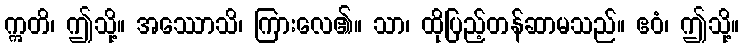
ဣတိ၊ ဤသို့။ အဿောသိ၊ ကြားလေ၏။ သာ၊ ထိုပြည့်တန်ဆာမသည်။ ဧဝံ၊ ဤသို့။